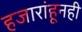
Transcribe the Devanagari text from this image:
हजारांहूनही